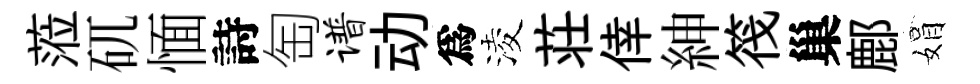
蒞矹愐詩匋谱动爲淩荘倖紳筏巢鄜娟